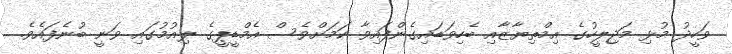
ވަހީދު މުޅި މަޖިލީހުގެ އިމްތިޔާޒާއި ބެހިވަޑައިގެންފައިވާ ކަމަށްވެސް އެމްޑީޕީގެ ލިއުމުގައި ވަނީ ބުނެފައެވެ.